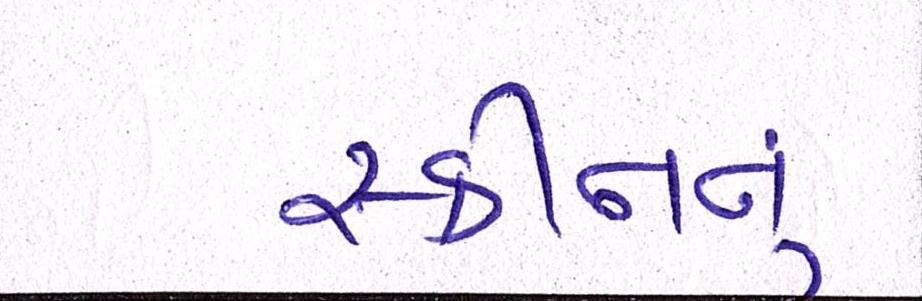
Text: સ્કીનનું